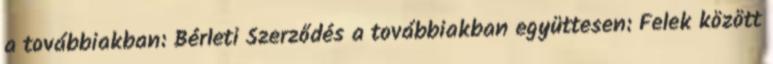
a továbbiakban: Bérleti Szerződés a továbbiakban együttesen: Felek között